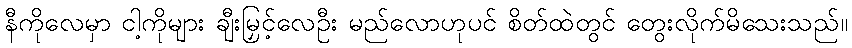
နီကိုလေမှာ ငါ့ကိုများ ချီးမြှင့်လေဦး မည်လောဟုပင် စိတ်ထဲတွင် တွေးလိုက်မိသေးသည်။